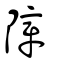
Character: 障